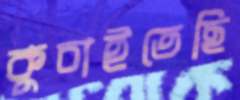
কুচাইতেছি